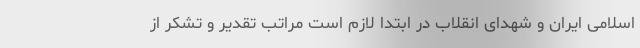
اسلامی ایران و شهدای انقلاب در ابتدا لازم است مراتب تقدیر و تشکر از